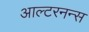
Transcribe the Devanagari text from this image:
आल्टरनन्स